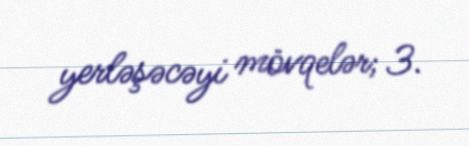
yerləşəcəyi mövqelər; 3.